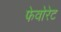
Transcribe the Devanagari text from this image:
फेवोरेट